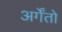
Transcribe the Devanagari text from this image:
अर्गेंतो